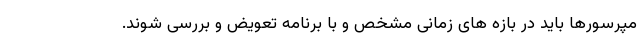
مپرسورها باید در بازه های زمانی مشخص و با برنامه تعویض و بررسی شوند.